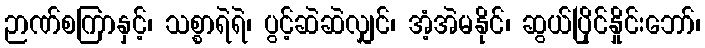
ဉာဏ်စကြာနှင့်၊ သစ္စာရဲရဲ၊ ပွင့်ဆဲဆဲလျှင်၊ အံ့အဲမနိုင်၊ ဆွယ်ပြိုင်နှိုင်းဘော်၊